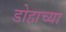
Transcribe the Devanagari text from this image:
डोहाच्या